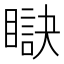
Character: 𥊜